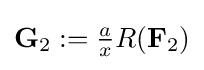
\mathbf {G} _{2}:={\tfrac {a}{x}}R(\mathbf {F} _{2})